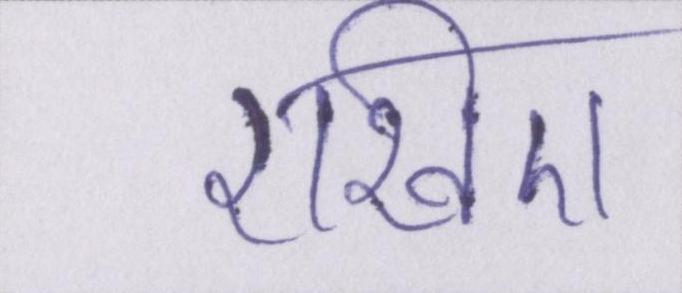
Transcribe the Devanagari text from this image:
रखिए